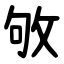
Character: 敂